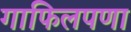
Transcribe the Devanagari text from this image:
गाफिलपणा